Report of the Bombay Plague Committee
Disease focus: Plague
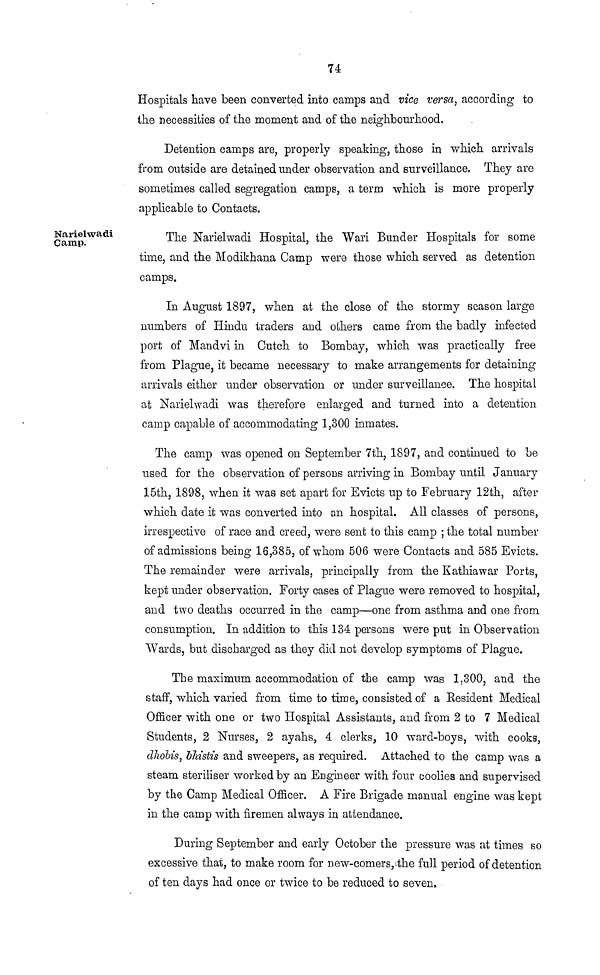
u
Hospitals have been converted into camps and vice versa, according to
the necessities of the moment and of the neighbourhood.
Detention camps are, properly speaking, those in which arrivals
from outside are detained under observation and surveillance, They are
sometimes called segregation camps, a term which is more properly
applicable to Contacts.
Narielwadi
Camp.
The Narielwadi Hospital, the Wari Bunder Hospitals for some
time, and the Modikhana Camp were those which served as detention
camps.
In August 1897, when at the close of the stormy season large
numbers of Hindu traders and others came from the badly infected
port of Mandvi in Cutch to Bombay, which was practically free
from Plague, it became necessary to make arrangements for detaining
arrivals either under observation or under surveillance. The hospital
at Narielwadi was therefore enlarged and turned into a detention
camp capable of accommodating 1,300 inmates.
The camp was opened on September 7th, 1897, and continued to be
used for the observation of persons arriving in Bombay until January
15th. 1898, when it was set apart for Evicts up to February 12th, after
which date it was converted into an hospital. All classes of persons,
irrespective of race and creed, were sent to this camp ; the total number
of admissions being 16,385, of whom 506 were Contacts and 585 Evicts.
The remainder were arrivals, principally from the Kathiawar Ports,
kept under observation. Forty cases of Plague were removed to hospital,
and two deaths occurred in the camp—one from asthma and one from
consumption. In addition to this 134 persons were put in Observation
Wards, but discharged as they did not develop symptoms of Plague.
The maximum accommodation of the camp was 1,300, and the
staff, which varied from time to time, consisted of a Resident Medical
Officer with one or two Hospital Assistants, and from 2 to 7 Medical
Students, 2 Nurses, 2 ayahs, 4 clerks, 10 ward-boys, with cooks,
dhobis, bhistis and sweepers, as required. Attached to the camp was a
steam steriliser worked by an Engineer with four coolies and supervised
by the Camp Medical Officer. A Fire Brigade manual engine was kept
in the camp with firemen always in attendance.
During September and early October the pressure was at times so
excessive that, to make room for new-comers, the full period of detention
of ten days had once or twice to be reduced to seven.